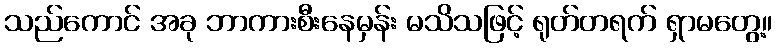
သည်ကောင် အခု ဘာကားစီးနေမှန်း မသိသဖြင့် ရုတ်တရက် ရှာမတွေ့။